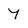
Character: 7